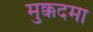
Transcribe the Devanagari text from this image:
मुक्कदमा